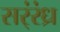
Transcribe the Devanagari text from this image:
सर्ंरंध्र